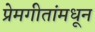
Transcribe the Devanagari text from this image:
प्रेमगीतांमधून